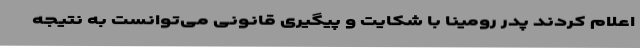
اعلام کردند پدر رومینا با شکایت و پیگیری قانونی می‌توانست به نتیجه